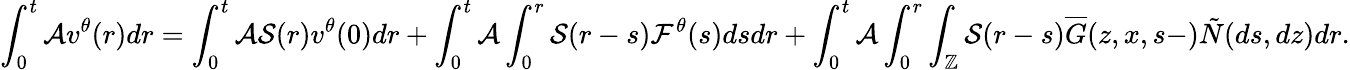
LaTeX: \int_{0}^{t}\mathcal{A}\displaystyle v^{\theta}(r)dr=\int_{0}^{t}\mathcal{A}\mathcal{S}(r)v^{\theta}(0)dr+\int_{0}^{t}\mathcal{A}\int_{0}^{r}\mathcal{S}(r-s)\mathcal{F}^{\theta}(s)dsdr+\int_{0}^{t}\mathcal{A}\int_{0}^{r}\int_{\mathbb{Z}}\mathcal{S}(r-s)\overline{{G}}(z,x,s-)\tilde{N}(ds,dz)dr.